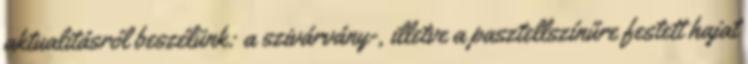
aktualitásról beszélünk: a szivárvány-, illetve a pasztellszínűre festett hajat